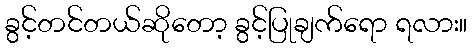
ခွင့်တင်တယ်ဆိုတော့ ခွင့်ပြုချက်ရော ရလား။